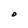
Character: O